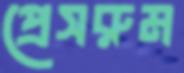
প্রেসরুম